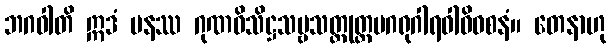
ဘဂဝါတိ ဣဒံ ပနဿ ဂုဏဝိသိဋ္ဌသဗ္ဗသတ္တုတ္တမဂရုဂါရဝါဓိဝစနံ။ တေနာဟု